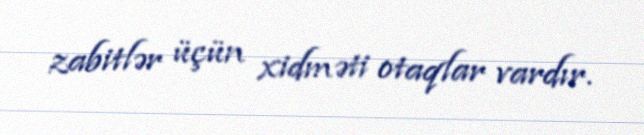
zabitlər üçün xidməti otaqlar vardır.